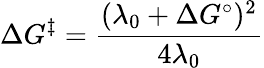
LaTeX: \Delta G^{\ddagger}={\frac{(\lambda_{0}+\Delta G^{\circ})^{2}}{4\lambda_{0}}}